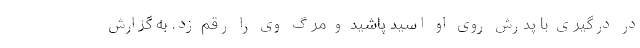
در درگیری با پدرش روی او اسید پاشید و مرگ وی را رقم زد. به گزارش